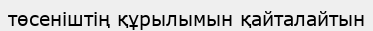
төсеніштің құрылымын қайталайтын